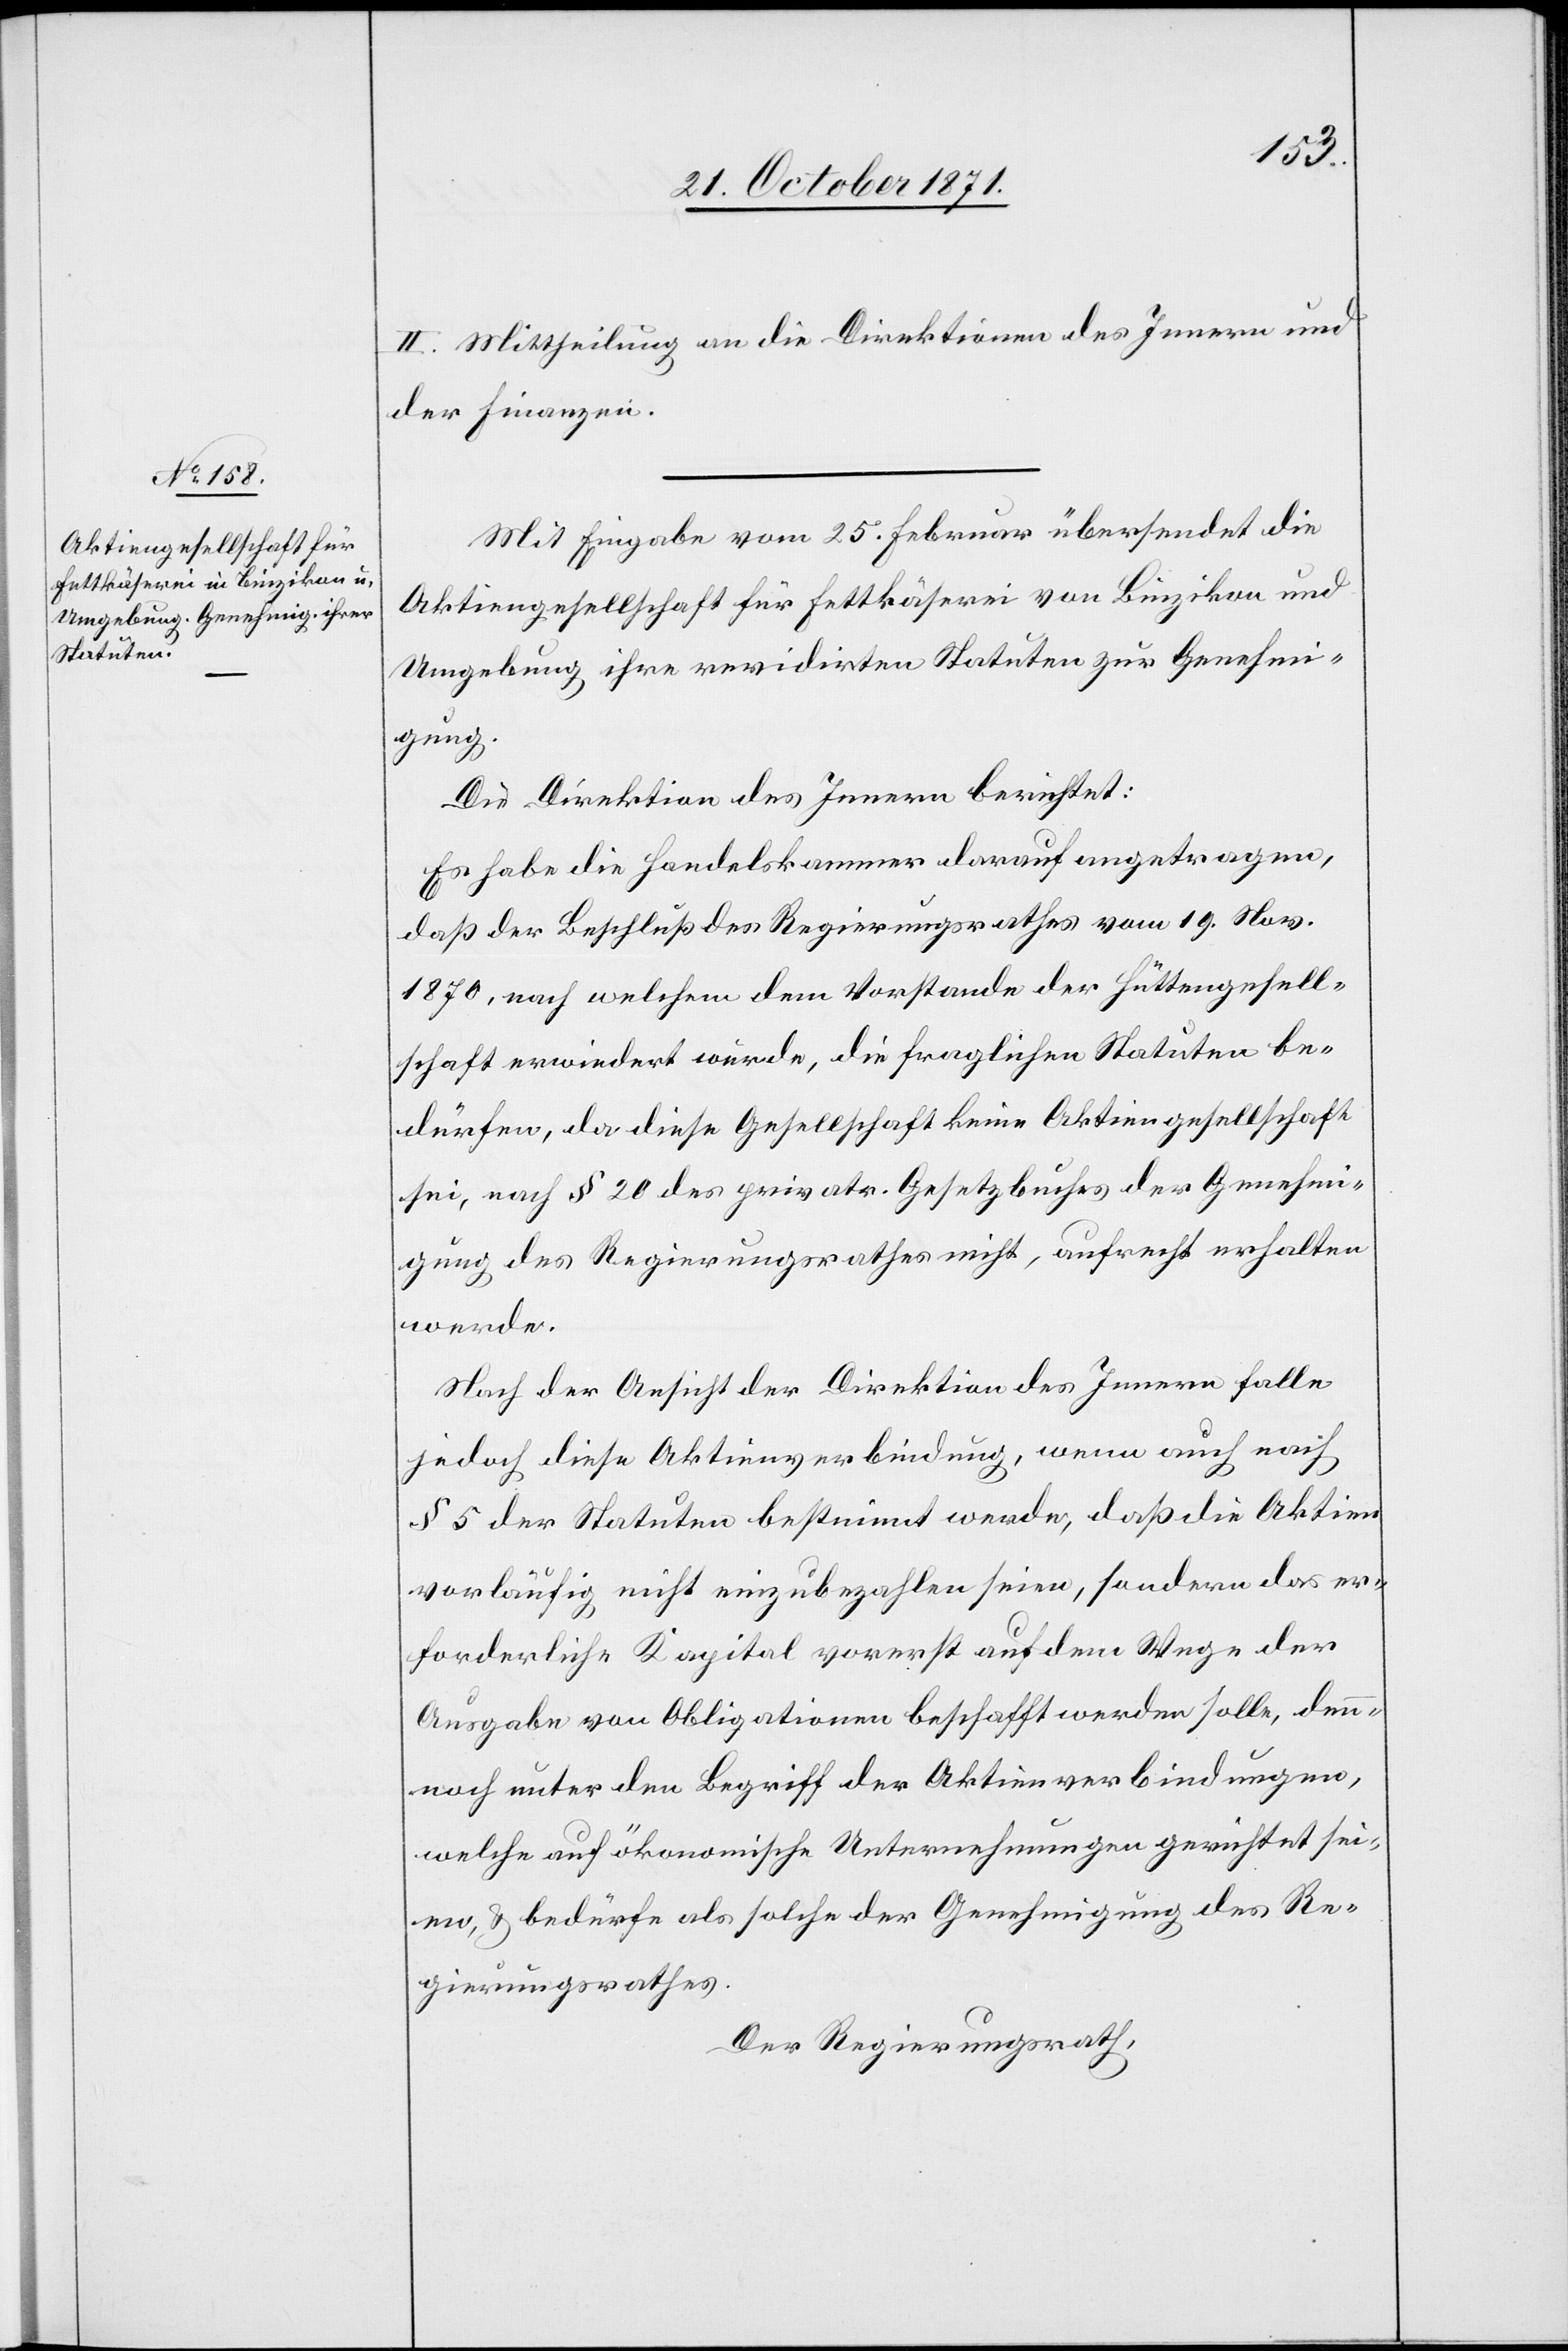
II. Mittheilung an die Direktionen des Innern und
der Finanzen.
Mit Eingabe vom 25. Februar übersendet die
Aktiengesellschaft für Fettkäserei von Binzikon und
Umgebung ihre revidirten Statuten zur Genehmi¬
gung.
Die Direktion des Innern berichtet:
Es habe die Handelskammer darauf angetragen,
daß der Beschluß des Regierungsrathes vom 19. Nov.
1870, nach welchem dem Vorstande der Hüttengesell¬
schaft erwiedert wurde, die fraglichen Statuten be¬
dürfen, da diese Gesellschaft keine Aktiengesellschaft
sei, nach § 20 des privatr. Gesetzbuches der Genehmi¬
gung des Regierungsrathes nicht, aufrecht erhalten
werde.
Nach der Ansicht der Direktion des Innern falle
jedoch diese Aktienverbindung, wenn auch nach
§ 5 der Statuten bestimmt werde, daß die Aktien
vorläufig nicht einzubezahlen seien, sondern das er¬
forderliche Kapital vorerst auf dem Wege der
Ausgabe von Obligationen beschafft werden solle, den¬
noch unter den Begriff der Aktienverbindungen,
welche auf ökonomische Unternehmungen gerichtet sei¬
en, & bedürfe als solche der Genehmigung des Re¬
gierungsrathes.
Der Regierungsrath,